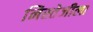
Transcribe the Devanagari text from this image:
निस्तेजीला